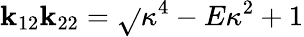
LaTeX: \mathbf{k}_{12}\mathbf{k}_{22}=\sqrt{}{{\kappa^{4}-E\kappa^{2}+1}}